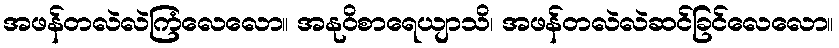
အဖန်တလဲလဲကြံလေလော။ အနုဝိစာရေယျာသိ၊ အဖန်တလဲလဲဆင်ခြင်လေလော။